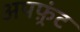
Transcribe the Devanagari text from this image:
अपफ़्रंट